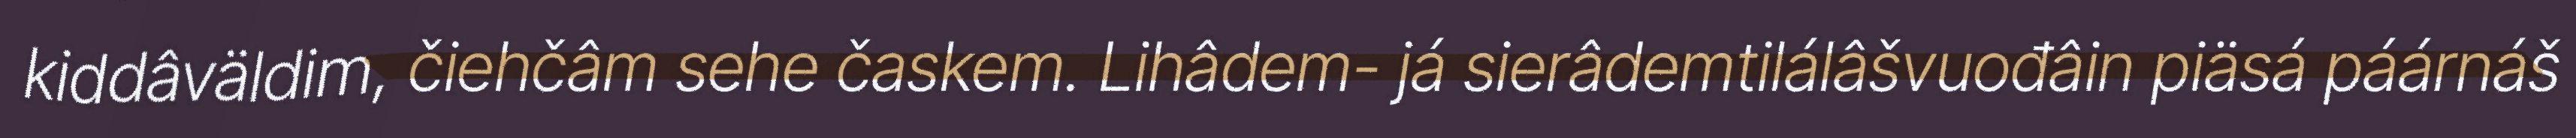
kiddâväldim, čiehčâm sehe časkem. Lihâdem- já sierâdemtilálâšvuođâin piäsá páárnáš